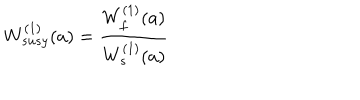
W _ { s u s y } ^ { ( 1 ) } ( a ) = { \frac { W _ { f } ^ { ( 1 ) } ( a ) } { W _ { s } ^ { ( 1 ) } ( a ) } }